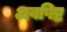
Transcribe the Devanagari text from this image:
अवषिष्ट